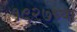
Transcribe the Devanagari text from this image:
१९२७च्या